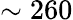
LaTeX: \sim 260